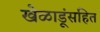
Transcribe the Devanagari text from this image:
खेळाडूंसहित